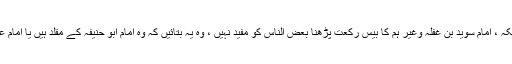
باقی امام عطاء امام ابن ابی ملیکہ ، امام سوید بن غفلہ وغیر ہم کا بیس رکعت پڑھنا بعض الناس کو مفید نہیں ، وہ یہ بتائیں کہ وہ امام ابو حنیفہ کے مقلد ہیں یا امام عطاء بن ابی رباح وغیرہ کے ؟